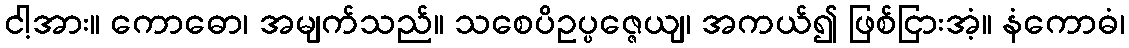
ငါ့အား။ ကောဓော၊ အမျက်သည်။ သစေပိဥပ္ပဇ္ဇေယျ၊ အကယ်၍ ဖြစ်ငြားအံ့။ နံကောဓံ၊